Report on vaccination in Madras 1922-1929 - 1922-1929
Year: 1922
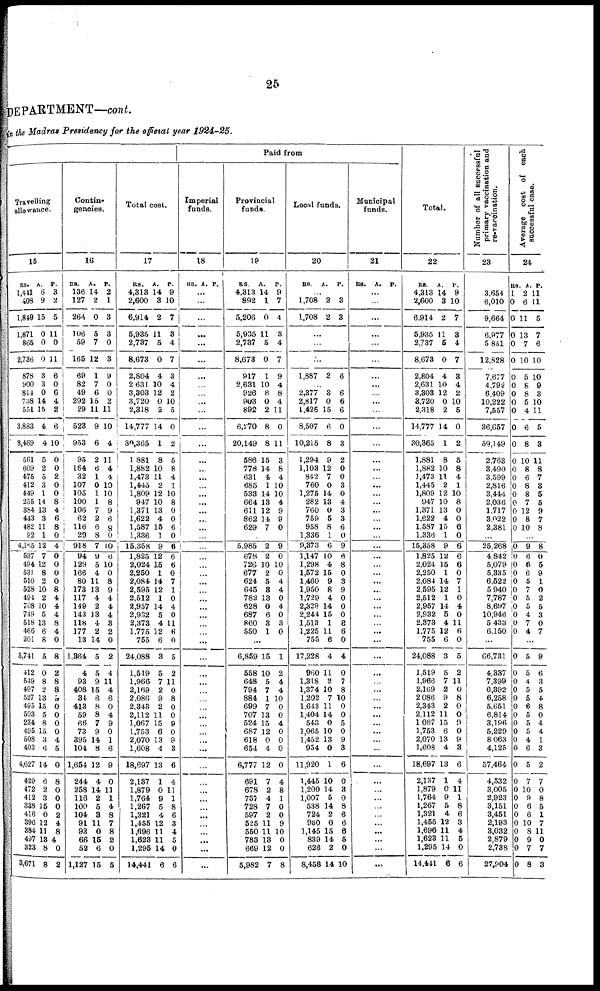
25
DEPARTMENT—cont.
in the Madras Presidency for the official year 1924-25.
Travelling
allowance.
15
RS.
1,441
403
1,849
1,871
865
2,736
878
900
814
738
551
3,883
8,469
561
609
475
412
449
255
384
443
482
92
4,165
537
494
531
510
528
494
708
749
518
466
201
5,741
412
549
497
527
495
503
234
495
508
403
4,627
429
472
412
338
416
396
384
497
323
3,671
A.
6
9
15
0
0
0
3
3
0
14
15
4
4
5
2
5
3
1
14
13
3
11
1
12
7
12
8
2
10
2
10
5
13
6
8
5
0
8
2
13
15
5
8
15
3
6
14
6
2
3
15
0
12
11
13
8
8
P.
3
2
5
11
0
11
6
0
6
4
2
6
10
0
0
2
0
0
8
4
6
8
0
4
0
0
0
0
8
4
4
4
8
4
0
8
2
8
8
9
0
0
0
0
4
5
0
8
0
0
0
2
4
8
4
0
2
Contin¬
gencies.
16
RS.
136
127
264
106
59
165
69
82
49
292
29
523
953
95
164
32
107
105
100
106
62
116
29
918
94
129
166
80
173
117
149
143
118
177
13
1,364
4
93
408
34
413
59
66
73
395
104
1,654
244
258
116
100
104
91
93
66
52
1,127
A.
14
2
0
5
7
12
1
7
6
15
11
9
6
2
6
1
0
1
1
7
2
6
8
7
9
5
4
11
13
4
2
13
4
2
14
5
5
9
15
6
8
8
7
9
14
8
12
4
14
2
5
8
11
0
15
6
15
P.
2
1
3
3
0
3
9
0
0
2
11
10
4
11
4
4
10
10
8
9
6
8
0
10
6
10
0
8
9
4
4
4
3
2
0
2
4
11
4
6
0
4
9
0
1
6
9
0
11
1
4
8
7
8
2
0
5
Total cost.
17
RS.
4,313
2,600
6,914
5,935
2,737
8,673
2,804
2,631
3,303
3,720
2,318
14,777
30,365
1,881
1,882
1,473
1,445
1,809
947
1,371
1,622
1,587
1,336
15,358
1,825
2,024
2,250
2,084
2,595
2,512
2,957
2,932
2,373
1,775
755
24,088
1,519
1,966
2,169
2,086
2,343
2,112
1,067
1,753
2,070
1,608
18,697
2,137
1,879
1,764
1,267
1,321
1,455
1,696
1,623
1,295
14,441
A.
14
3
2
11
5
0
4
10
12
0
2
14
1
8
10
11
2
12
10
13
4
15
1
9
12
15
1
14
12
1
14
5
4
12
6
3
5
7
2
9
2
11
15
6
13
4
13
1
0
9
5
4
12
11
11
14
6
P.
9
10
7
3
4
7
3
4
2
10
5
0
2
5
8
4
1
10
8
0
0
6
0
6
6
6
0
7
1
0
4
0
11
6
0
5
2
11
0
8
0
0
9
0
9
3
6
4
11
1
8
6
3
4
5
0
6
Paid from
Imperial
funds.
18
RS. A. P.
...
...
…
…
...
...
…
…
…
...
…
...
...
...
…
…
…
…
…
…
…
…
…
...
…
…
…
…
…
…
...
…
…
…
...
...
…
…
…
…
…
…
…
…
…
...
…
…
…
…
…
…
…
…
…
...
…
Provincial
funds.
19
RS.
4,313
892
5,206
5,935
2,737
8,673
917
2,631
926
903
892
6,270
20,149
586
778
631
685
533
664
611
862
629
A.
14
1
0
11
5
0
1
10
8
0
2
8
8
15
14
4
1
14
13
12
14
7
P.
9
7
4
3
4
7
9
4
8
4
11
0
11
3
8
4
10
10
4
9
9
0
…
5,985
678
726
677
624
645
782
628
687
860
550
2
2
10
2
5
3
13
0
6
3
1
9
0
10
0
4
4
0
4
0
3
0
…
6,859
558
648
794
884
699
707
524
687
618
654
6,777
691
678
757
728
597
525
550
783
669
5,982
15
10
5
7
1
7
13
15
12
0
4
12
7
2
4
7
2
11
11
13
12
7
1
2
4
4
10
0
0
4
0
0
0
0
4
8
1
0
0
9
10
0
0
8
Local funds.
20
RS.
A. P.
...
1,708
1,708
2
2
3
3
...
…
...
1,887 2 6
…
2,377
2,817
1,425
8,507
10,215
1,294
1,103
842
760
1,275
282
760
759
958
1,336
9,373
1,147
1,298
1,572
1,460
1,950
1,729
2,329
2,244
1,513
1,225
755
17,228
960
1,318
1,374
1,202
1,643
1,404
543
1,065
1,452
954
11,920
1,445
1,200
1,007
538
724
930
1,145
839
626
8,458
3
0
15
6
8
9
12
7
0
14
13
0
5
8
1
6
10
4
15
9
8
4
14
15
1
11
6
4
11
2
10
7
11
14
0
10
13
0
1
10
14
5
14
2
0
15
14
2
14
6
6
6
0
3
2
0
0
3
0
4
3
3
6
0
9
6
8
0
3
9
0
0
0
8
6
0
4
0
7
8
10
0
0
5
0
9
3
6
0
3
0
8
6
6
6
5
0
10
Municipal
funds.
21
RS. A. P.
...
…
...
...
...
…
...
...
…
...
…
…
…
...
...
…
...
...
...
...
…
...
…
...
...
…
…
...
...
...
...
...
… ...
...
...
...
…
...
…
...
...
...
...
...
...
...
...
...
...
…
...
...
...
...
...
...
Total.
22
RS.
4,313
2,600
6,914
5,935
2,737
8,673
2,804
2,631
3,303
3,720
2,318
14,777
30,365
1,881
1,882
1,473
1,445
1,809
947
1,371
1,622
1,587
1,336
15,358
1,825
2,024
2,250
2,084
2,595
2,512
2,957
2,932
2,373
1,775
755
24,088
1,519
1,966
2,169
2,086
2,343
2,112
1,067
1,753
2,070
1,608
18,697
2,137
1,879
1,764
1,267
1,321
1,455
1,696
1,623
1,295
14,441
A.
14
3
2
11
6
0
4
10
12
0
2
14
1
8
10
11
2
12
10
13
4
15
1
9
12
15
1
14
12
1
14
5
4
12
6
3
5
7
2
9
2
11
15
6
13
4
13
1
0
9
5
4
12
11
11
14
6
P.
9
10
7
3
4
7
3
4
2
10
5
0
2
5
8
4
1
10
8
0
0
6
0
6
6
6
0
7
1
0
4
0
11
6
0
5
2
11
0
8
0
0
9 0
9
8
6
4
11
1
8
6
3
4
5
0
6
Number of all successful
primary vaccination and
re-vaccination.
23
3,654
6,010
9,664
6,977
5,851
12,828
7,677
4,792
6,409
10,222
7,557
36,657
59,149
2,763
3,490
3,599
2,816
3,444
2,036
1,717
3,022
2,381
...
25,268
4,842
5,079
5,335
6,522
5,940
7,787
8,697
10,946
5,433
6,150
…
66,731
4,337
7,399
6,392
6,258
5,651
6,814
3,196
5,229
8,063
4,125
57,464
4,532
3,005
2,923
3,151
3,451
2,193
3,032
2,879
2,738
27,904
Average cost of each
successful case.
24
RS.
1
0
0
0
0
0
0
0
0
0
0
0
0
0
0
0
0
0
0
0
0
0
A.
2
6
11
13
7
10
5
8
8
5
4
6
8
10
8
6
8
8
7
12
8
10
P.
11
11
5
7
6
10
10
9
3
10
11
5
3
11
8
7
3
5
5
9
7
8
...
0
0
0
0
0
0 0
0
0 0
0
9
6
6
6
5
7
5
5
4
7
4
8
0
5
9
1
0
2
5
3
0
7
…
0
0
0
0
0
0
0
0
0
0
0
0
0
0
0
0
0
0
0
0
0
0
5
5
4
5
5
6
5
5
5
4
6
5
7
10
9
6
6
10
8
9
7
8
9
6
3
5
4
8
0
4
4
1
3
2
7
0
8
5
1
7
11
0
7
3